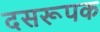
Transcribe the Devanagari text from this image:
दसरूपक